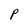
Character: P